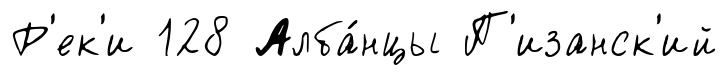
Р'ек'и 128 Алба́нцы П'изанск'ий